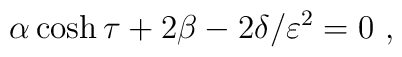
\alpha \cosh \tau + 2 \beta - 2 \delta / \varepsilon^2 = 0 \ ,